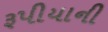
રૂપીયાની